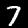
Digit: 7